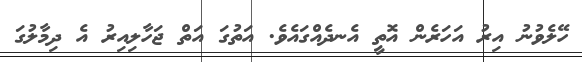
ހޭލެވުނު އިރު އަހަރެެން އޮތީ އެނދެއްގައެވެ. އަތުގަ އަތް ޖަހާލިއިރު އެ ދިމާލުގަ